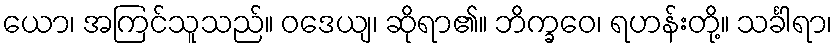
ယော၊ အကြင်သူသည်။ ဝဒေယျ၊ ဆိုရာ၏။ ဘိက္ခဝေ၊ ရဟန်းတို့။ သင်္ခါရာ၊